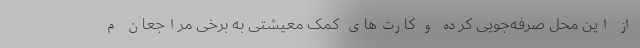
از این محل صرفه‌جویی کرده و کارت‌های کمک معیشتی به برخی مراجعان م